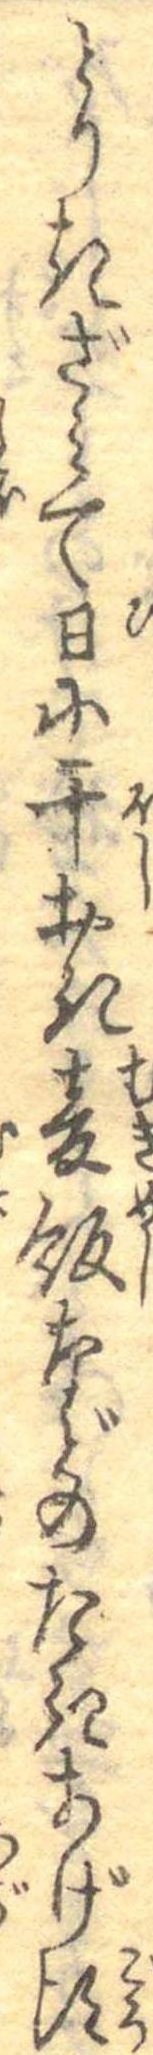
とりきざみて日に干おき麦飯などのたきあげ頃